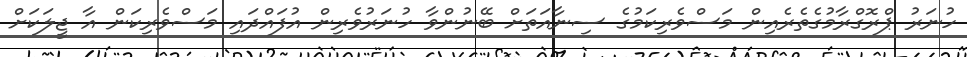
ހުނަރު ޕްރޮގްރާމުގެތެރެއިން މަސްވެރިކަމުގެ ސިނާއަތަށް ބޭނުންވާ ހުނަރުވެރިން އުފައްދައި މަސްވެރިކަން އާ ޖީލަކަށް